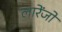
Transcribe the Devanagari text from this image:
लारेंजो